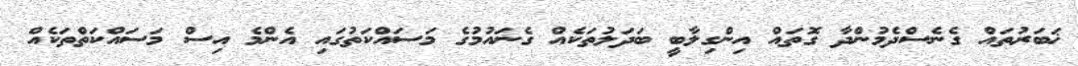
ޚަބަރުތައް ގެނެސްދެމުންދާ ގޮތައް އިންގިލާބީ ބަދަލުތަކެއް ގެނައުމުގެ މަސައްކަތުގައި އެންމެ އިސް މަސައްކަތްތަކެއް